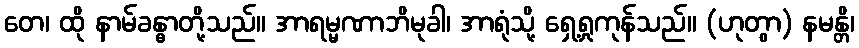
တေ၊ ထို နာမ်ခန္ဓာတို့သည်။ အာရမ္မဏာဘိမုခါ၊ အာရုံသို့ ရှေ့ရှုကုန်သည်။ (ဟုတွာ) နမန္တိ၊